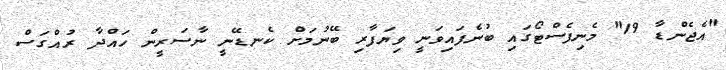
"އެޖެންޑާ 19" މެނިފެސްޓޯގައި ބުނެފައިވަނީ ވިޔަފާރި ބޭނުމަށް ކެނޑޭނީ ނާސަރީން ހައްދާ ރުއްގަސް